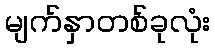
မျက်နှာတစ်ခုလုံး